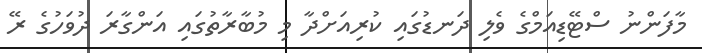
މާފަންނު ސްޓޭޑިއަމްގެ ވެލި ދަނޑުގައި ކުރިއަށްދާ މި މުބާރާތުގައި އަންގާރަ ދުވަހުގެ ރޭ